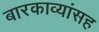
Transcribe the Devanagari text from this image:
बारकाव्यांसह